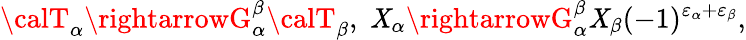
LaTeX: {\calT}_{\alpha}\rightarrowG_{\alpha}^{\beta}{\calT}_{\beta},\; \mathit{X}_{\alpha}\rightarrowG_{\alpha}^{\beta}\mathit{X}_{\beta}(-1)^{\varepsilon_{\alpha}+\varepsilon_{\beta}},